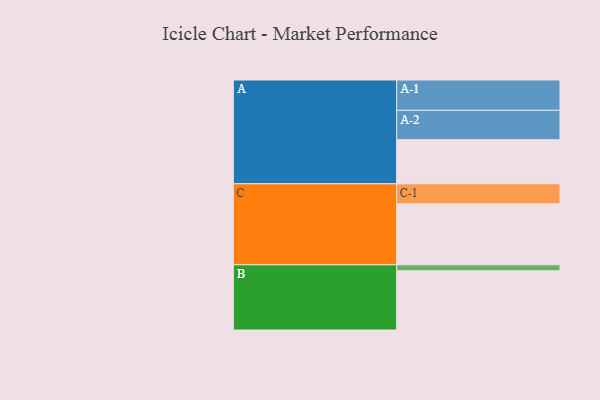
{"axis": {"x": "Segment", "y": "Value"}, "legend": ["", "A", "B", "C"], "data": [{"x": "A", "y": 425, "type": ""}, {"x": "B", "y": 570, "type": ""}, {"x": "C", "y": 587, "type": ""}, {"x": "A-1", "y": 292, "type": "A"}, {"x": "A-2", "y": 283, "type": "A"}, {"x": "B-1", "y": 58, "type": "B"}, {"x": "C-1", "y": 193, "type": "C"}]}